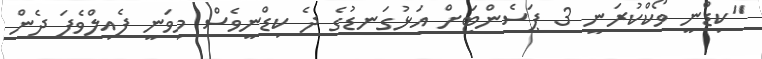
"ކިޑްނީ ވޯކްކުރަނީ 3 ޕަސެންޓަށް އަޅުގަނޑުގެ ދެ ކިޑްނީވެސް މިވަނީ ފެއިލްވެފަ ދެން